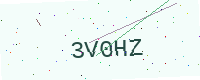
Text: 3V0HZ